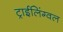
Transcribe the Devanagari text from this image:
ट्राईलिंग्वल